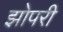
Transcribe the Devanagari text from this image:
झोपरी